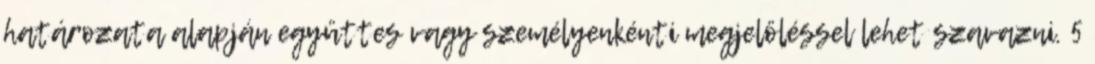
határozata alapján együttes vagy személyenkénti megjelöléssel lehet szavazni. 5